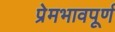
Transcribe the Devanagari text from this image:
प्रेमभावपूर्ण